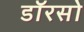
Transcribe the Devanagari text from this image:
डॉरसो